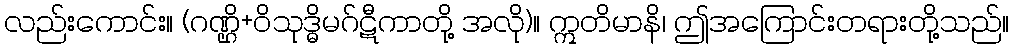
လည်းကောင်း။ (ဂဏ္ဌိ+ဝိသုဒ္ဓိမဂ်ဋီကာတို့ အလို)။ ဣတိမာနိ၊ ဤအကြောင်းတရားတို့သည်။